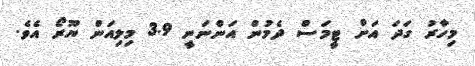
މިހާރު ގަދަ އަށް ޓީމަސް ދެމުން އަންނަނީ 3.9 މިލިއަން ޔޫރޯ އެވެ.